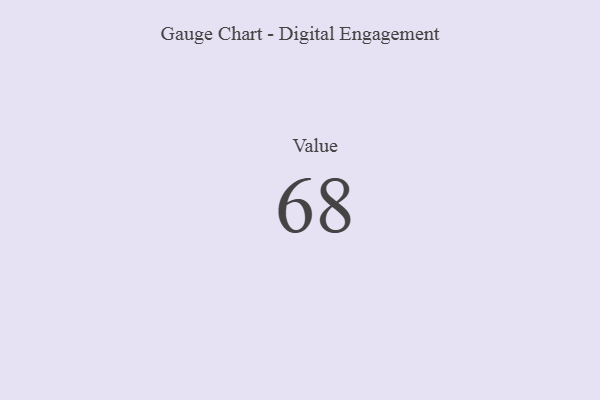
{"axis": {"x": "Metric", "y": "Value"}, "legend": [""], "data": [{"x": "Value", "y": 68, "type": ""}]}